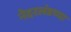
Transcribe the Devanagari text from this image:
नेदरलंडच्या